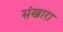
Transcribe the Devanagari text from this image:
संखारा